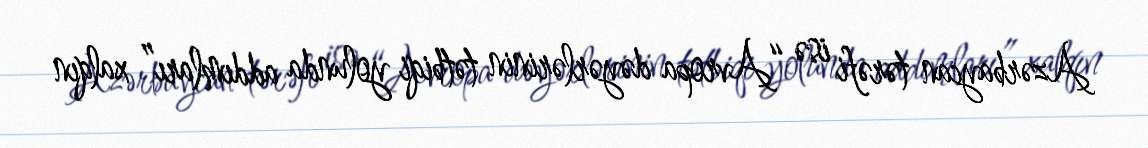
Azərbaycan tərəfi isə “Avropa dəyərlərinin tətbiqi yolunda addımları” xalqın